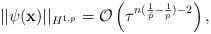
LaTeX: \begin{align*} \vert \vert \psi(\mathbf x)\vert \vert_{H^{1,p}}=\mathcal O\left(\tau^{n(\frac{1}{\tilde p}-\frac{1}{p})-2}\right ), \end{align*}